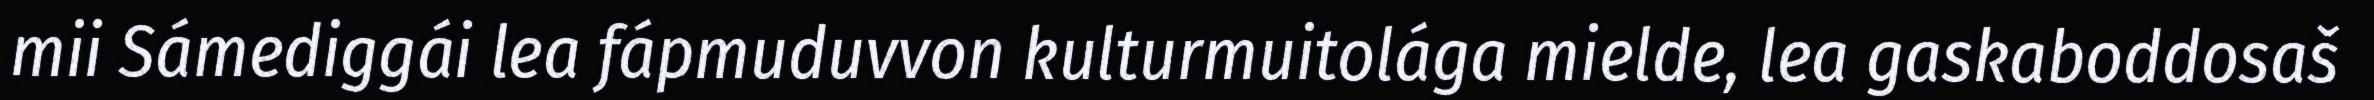
mii Sámediggái lea fápmuduvvon kulturmuitolága mielde, lea gaskaboddosaš